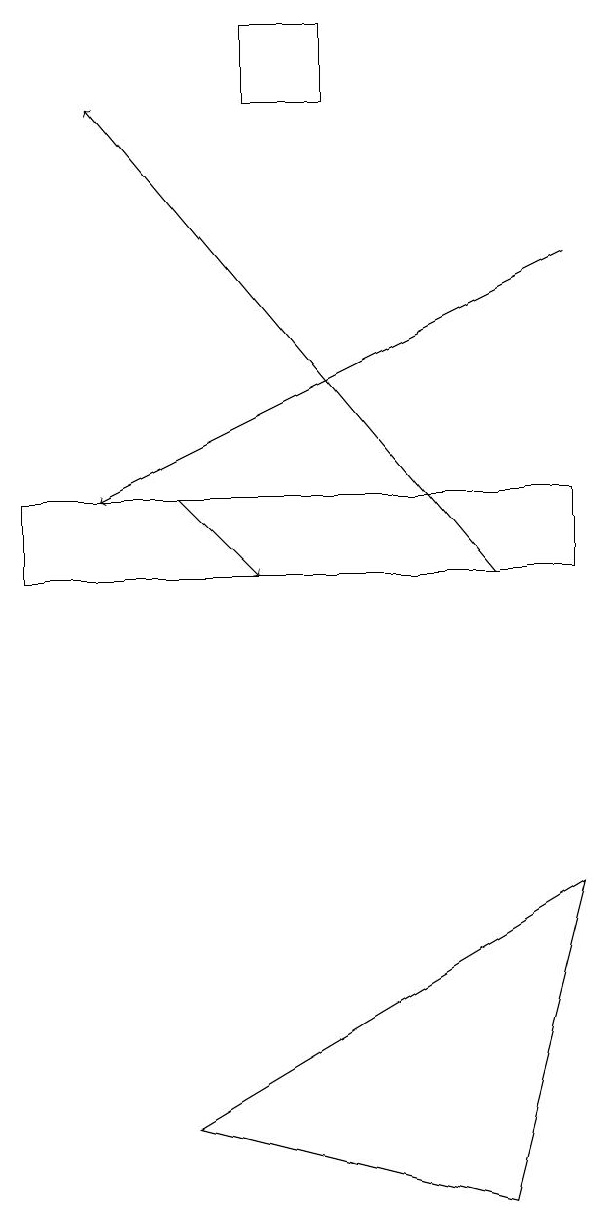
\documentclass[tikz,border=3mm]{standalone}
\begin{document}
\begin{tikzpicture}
\draw[->] (2,13) -- (3,12);
\draw[->] (7,16) -- (1,13);
\draw (4,18) rectangle (3,19);
\draw[->] (6,12) -- (1,18);
\draw (0,12) rectangle (7,13);
\draw (7,8) -- (2,5) -- (6,4) -- cycle;
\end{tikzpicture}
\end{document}